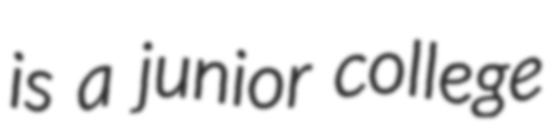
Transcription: is a junior college